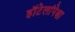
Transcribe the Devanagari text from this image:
हॉटेलांपेक्षा